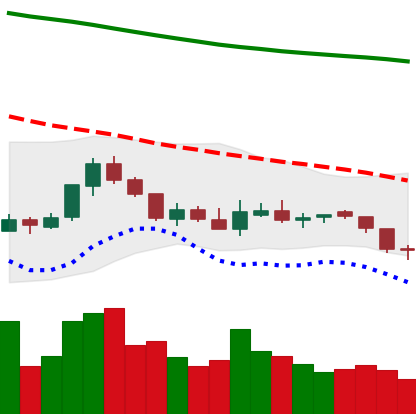
Ticker: NEO-USD
Chart end date: 2018-08-01
Forward return: -12.255%
Label: down_7plus